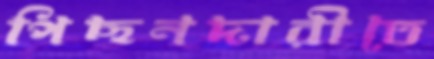
পিছনদারীতে